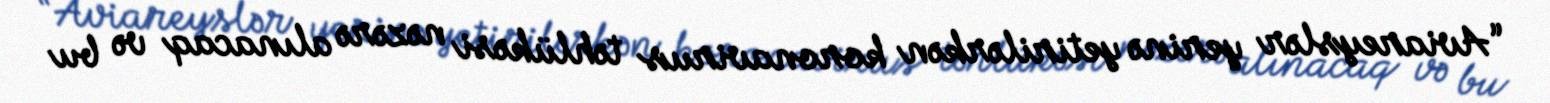
“Aviareyslər yerinə yetirilərkən koronavirus təhlükəsi nəzərə alınacaq və bu